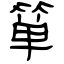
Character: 箪